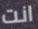
انت